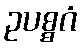
ဥပစ္စဂံ